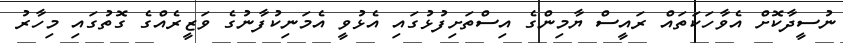
ނުސީދާކޮށް އެވާހަކަތައް ރައީސް ޔާމިންގެ އިސްތަށިފުޅުގައި އެޅުވީ އެމަނިކުފާނުގެ ވަޒީރެއްގެ ގޮތުގައި މިހާރު